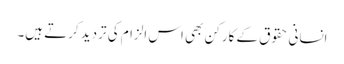
انسانی حقوق کے کارکن بھی اس الزام کی تردید کرتے ہیں۔